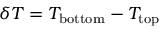
\delta T = T _ { \mathrm { b o t t o m } } - T _ { \mathrm { t o p } }